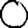
Digit: 0